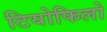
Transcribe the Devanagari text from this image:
टियोफिलो